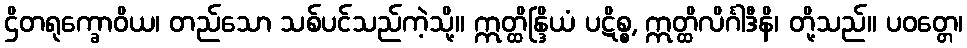
ဌိတရုက္ခောဝိယ၊ တည်သော သစ်ပင်သည်ကဲ့သို့။ ဣတ္ထိန္ဒြိယံ ပဋိစ္စ, ဣတ္ထိလိင်္ဂါဒီနိ၊ တို့သည်။ ပဝတ္တေ၊